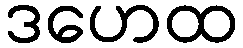
ဒဟေထ